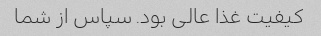
کیفیت غذا عالی بود. سپاس از شما